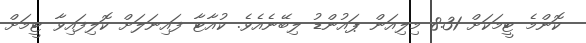
ކޮންމެ ޓީމަކަށް 8.31 މިލިއަން ޕައުންޑު ލިބޭނެއެވެ. ކުއާޓާ ފައިނަލަށް ކޮލިފައިވާ ޓީމަށް